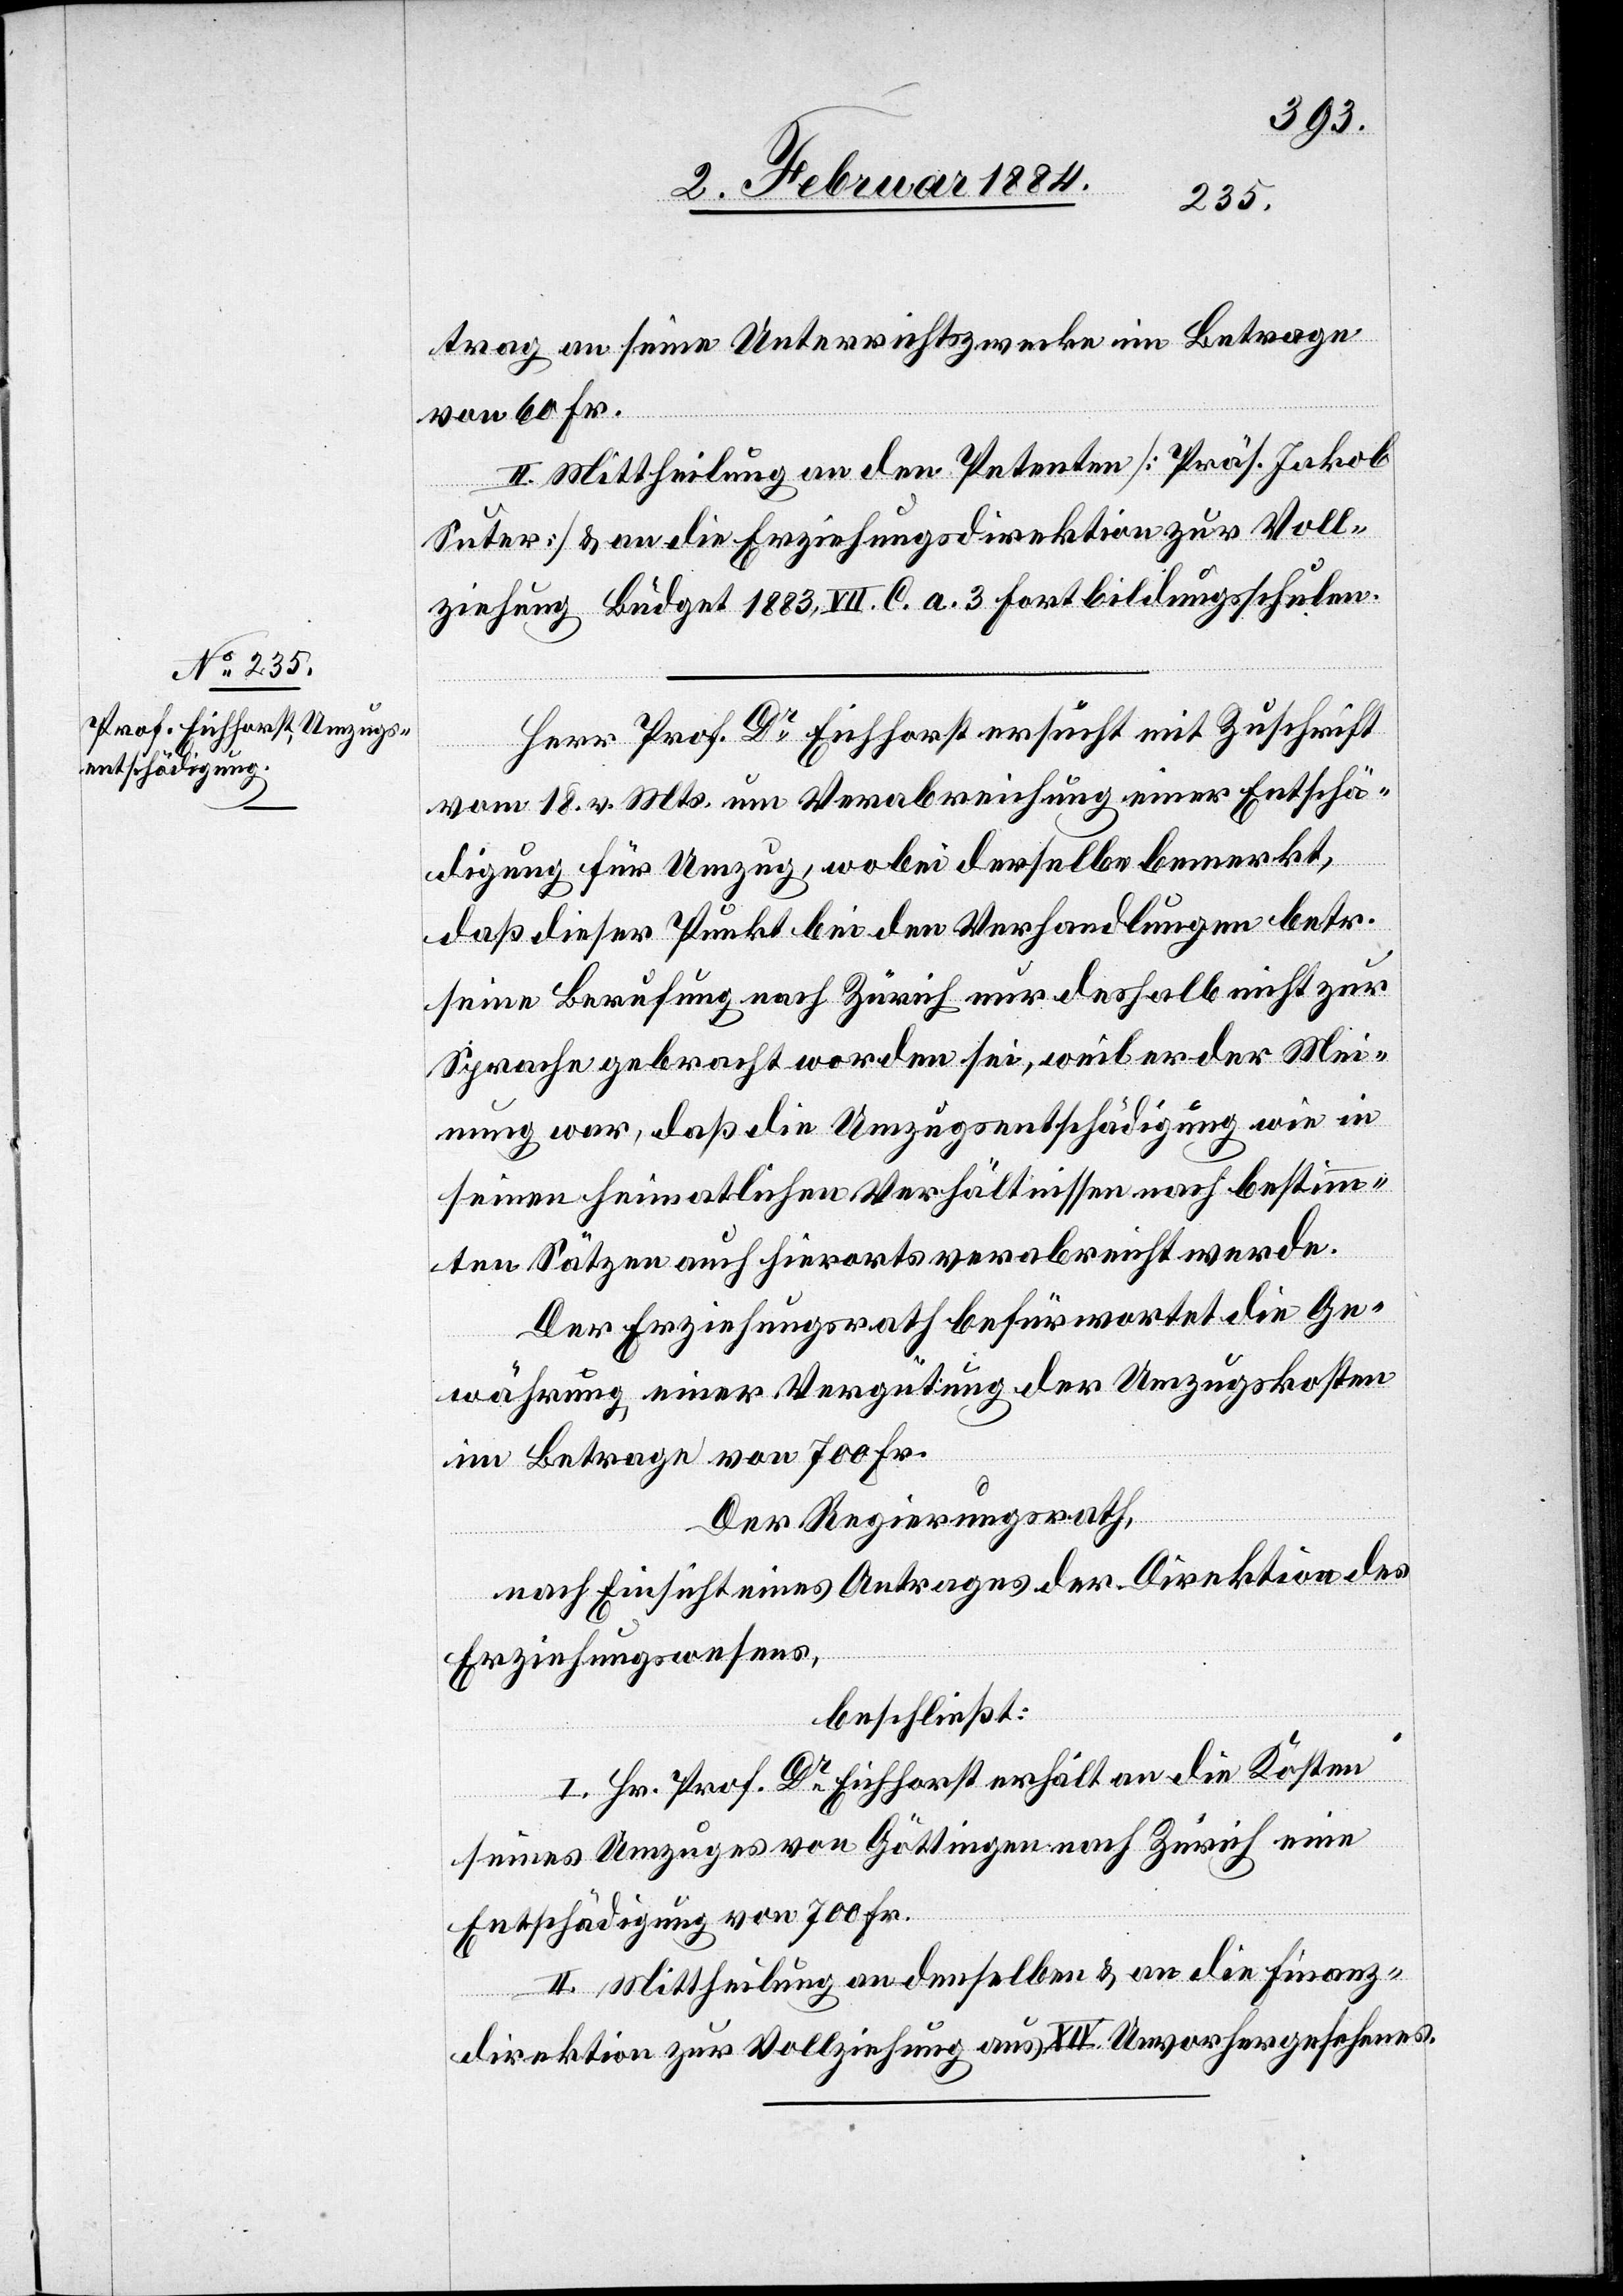
trag an seine Unterrichtszwecke im Betrage
von 60 Fr.
II. Mittheilung an den Petenten [Präs. Jakob
Suter] & an die Erziehungsdirektion zur Voll¬
ziehung, Büdget 1883, VII. C. a. 3 Fortbildungsschulen.
Herr Prof. Dr Eichhorst ersucht mit Zuschrift
vom 18. v. Mts. um Verabreichung einer Entschä¬
digung für Umzug, wobei derselbe bemerkt,
daß dieser Punkt bei den Verhandlungen betr.
seine Berufung nach Zürich nur deshalb nicht zur
Sprache gebracht worden sei, weil er der Mei¬
nung war, daß die Umzugsentschädigung wie in
seinen heimatlichen Verhältnissen nach bestimm¬
ten Sätzen auch hierorts verabreicht werde.
Der Erziehungsrath befürwortet die Ge¬
währung einer Vergütung der Umzugskosten
im Betrage von 700 Fr.
Der Regierungsrath,
nach Einsicht eines Antrages der Direktion des
Erziehungswesens,
beschließt:
I. Hr. Prof. Dr Eichhorst erhält an die Kosten
seines Umzuges von Göttingen nach Zürich eine
Entschädigung von 700 Fr.
II. Mittheilung an denselben & an die Finanz¬
direktion zur Vollziehung aus XIV. Unvorhergesehenes.